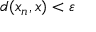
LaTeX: d ( x _ { n } , x ) < \varepsilon